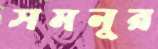
সমনুর